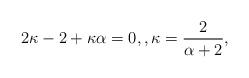
LaTeX: \begin{align*}2\kappa -2 + \kappa \alpha = 0, , \kappa = \frac{2}{\alpha+2},\end{align*}